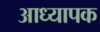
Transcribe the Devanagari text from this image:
आध्यापक